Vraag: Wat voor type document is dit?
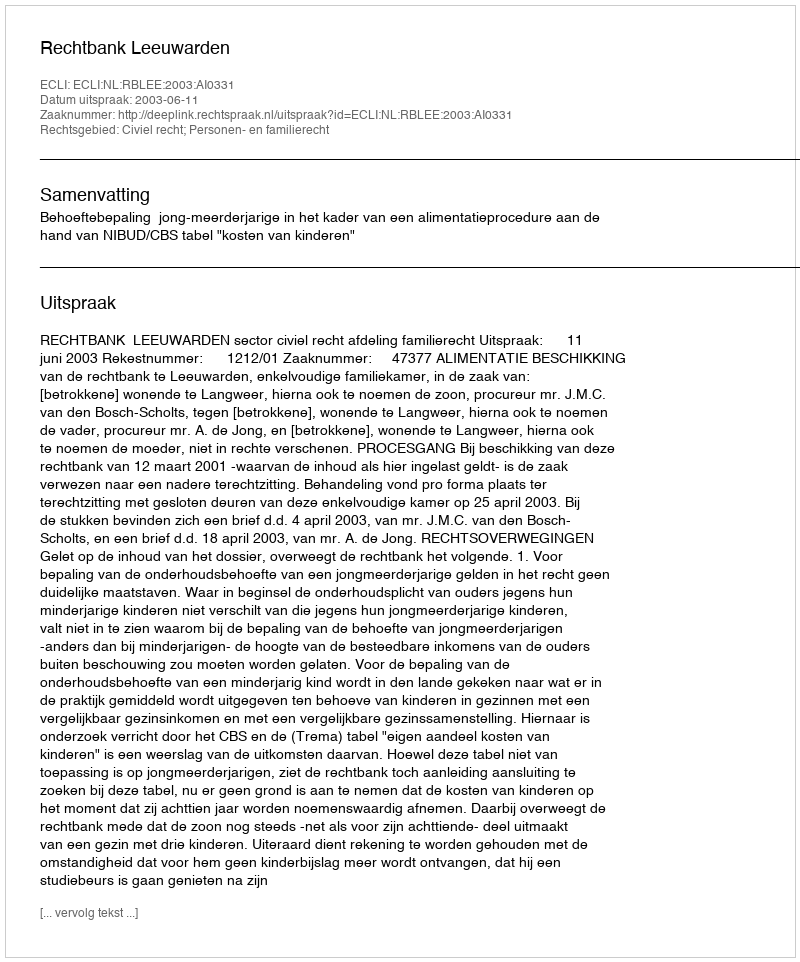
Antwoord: Uitspraak